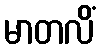
မာတလိံ